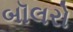
બૉલરો